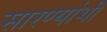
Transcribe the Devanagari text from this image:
सारण्यांशी